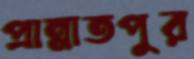
প্রান্নাতপুর